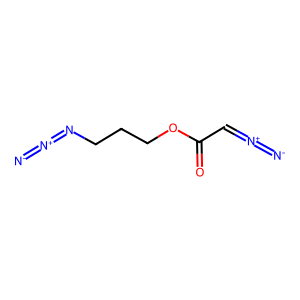
SMILES: [N-]=[N+]=CC(=O)OCCCN=[N+]=[N-]
Inhibits HIV replication: No